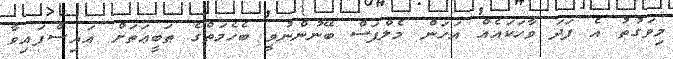
މިވަގުތު އެ ފަދަ ވާހަކައެއް އަހަން މެލްފަސް ބޭނުންނުވީ ބެހެމަތްގެ ޠަބީޢަތަށް އައިސްފައިވާ